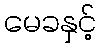
မေခနှင့်